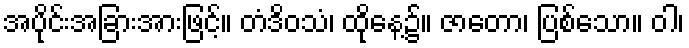
အပိုင်းအခြားအားဖြင့်။ တံဒိဝသံ၊ ထိုနေ့၌။ ဇာတော၊ ပြစ်သော။ ဝါ၊